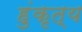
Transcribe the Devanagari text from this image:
हुंकृत्य